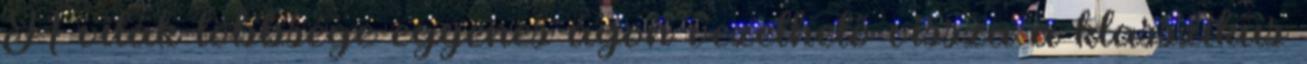
A viták többsége egyenes ágon vezethető vissza a klasszikus